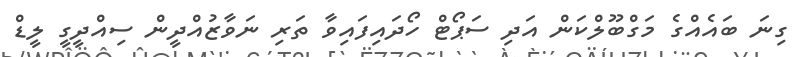
ގިނަ ބައެއްގެ މަގްބޫލްކަން އަދި ސަޕޯޓް ހޯދައިފައިވާ ތަރި ނަވާޒުއްދީން ސިއްދީގީ ލީޑް